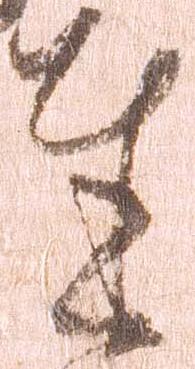
達